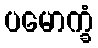
ပမောက္ခံ